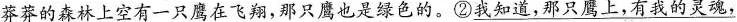
莽莽的森林上空有一只鹰在飞翔，那只鹰也是绿色的。②\underline{我知道，那只鹰上，有我的灵魂，}